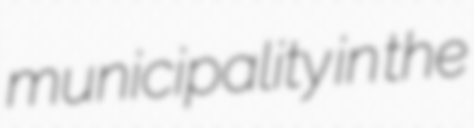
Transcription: municipality in the